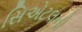
સિએટલની